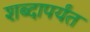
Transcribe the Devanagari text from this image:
शब्दापर्यंत